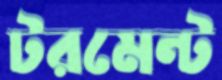
টরমেন্ট